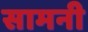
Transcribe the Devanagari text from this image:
सामनी